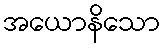
အယောနိသော